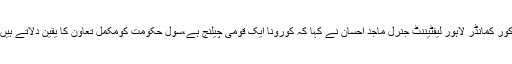
کور کمانڈر لاہور لیفٹیننٹ جنرل ماجد احسان نے کہا کہ کورونا ایک قومی چیلنج ہے،سول حکومت کومکمل تعاون کا یقین دلاتے ہیں۔